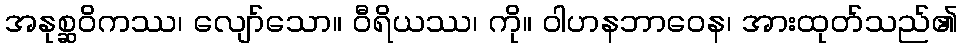
အနုစ္ဆဝိကဿ၊ လျော်သော။ ဝီရိယဿ၊ ကို။ ဝါဟနဘာဝေန၊ အားထုတ်သည်၏